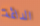
الدائمة